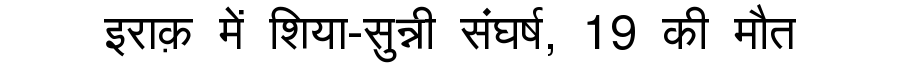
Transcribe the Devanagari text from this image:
इराक़ में शिया-सुन्नी संघर्ष, 19 की मौत